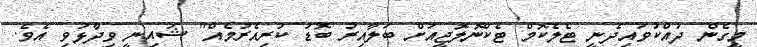
މީގެން ދައްކުވައިދެނީ ޓެލެކޮމް ޓެކްނޮލޮޖީއަށް ބަލާއިރު ބޮޑު ކުރިއެރުމެއް" ޝައިނީ ވިދާޅުވި އެވެ.